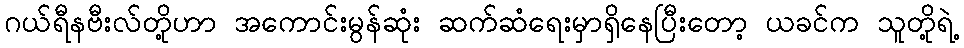
ဂယ်ရီနဗီးလ်တို့ဟာ အကောင်းမွန်ဆုံး ဆက်ဆံရေးမှာရှိနေပြီးတော့ ယခင်က သူတို့ရဲ့